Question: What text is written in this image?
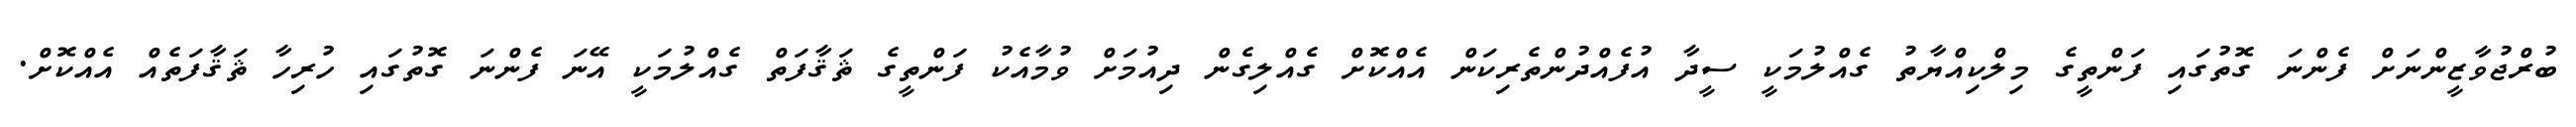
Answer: ބުރްޖުވާޒީންނަށް ފެންނަ ގޮތުގައި ފަންތީގެ މިލްކިއްޔާތު ގެއްލުމަކީ ސީދާ އުފެއްދުންތެރިކަން އެއްކޮށް ގެއްލިގެން ދިއުމަށް ވުމާއެކު ފަންތީގެ ޘަޤާފަތް ގެއްލުމަކީ އޭނަ ފެންނަ ގޮތުގައި ހުރިހާ ޘަޤާފަތެއް އެއްކޮށް.